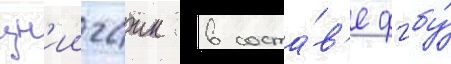
цн'иигаик в соста́в'е фгбу́